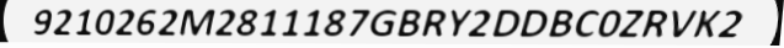
9210262M2811187GBRY2DDBC0ZRVK2